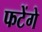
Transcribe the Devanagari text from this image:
फटेंगे